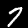
Label: 7